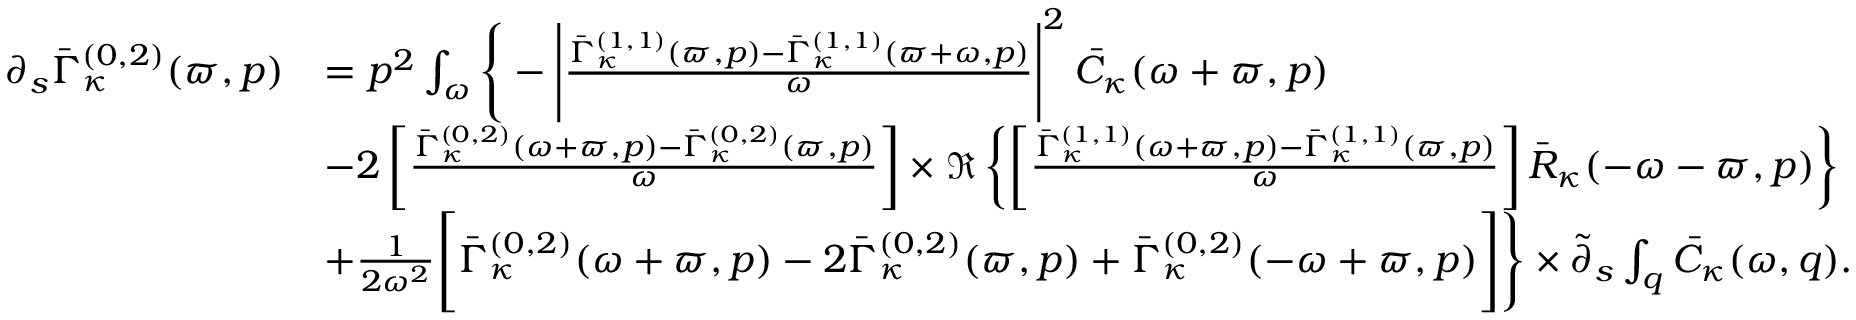
\begin{array} { r l } { \partial _ { s } \bar { \Gamma } _ { \kappa } ^ { ( 0 , 2 ) } ( \varpi , p ) } & { = p ^ { 2 } \int _ { \omega } \Bigg \{ - \Bigg | \frac { \bar { \Gamma } _ { \kappa } ^ { ( 1 , 1 ) } ( \varpi , p ) - \bar { \Gamma } _ { \kappa } ^ { ( 1 , 1 ) } ( \varpi + \omega , p ) } { \omega } \Bigg | ^ { 2 } \, \bar { C } _ { \kappa } ( \omega + \varpi , p ) } \\ & { - 2 \left[ \frac { \bar { \Gamma } _ { \kappa } ^ { ( 0 , 2 ) } ( \omega + \varpi , p ) - \bar { \Gamma } _ { \kappa } ^ { ( 0 , 2 ) } ( \varpi , p ) } { \omega } \right] \times \Re \left\{ \left[ \frac { \bar { \Gamma } _ { \kappa } ^ { ( 1 , 1 ) } ( \omega + \varpi , p ) - \bar { \Gamma } _ { \kappa } ^ { ( 1 , 1 ) } ( \varpi , p ) } { \omega } \right] \bar { R } _ { \kappa } ( - \omega - \varpi , p ) \right\} } \\ & { + \frac 1 { 2 \omega ^ { 2 } } \Bigg [ \bar { \Gamma } _ { \kappa } ^ { ( 0 , 2 ) } ( \omega + \varpi , p ) - 2 \bar { \Gamma } _ { \kappa } ^ { ( 0 , 2 ) } ( \varpi , p ) + \bar { \Gamma } _ { \kappa } ^ { ( 0 , 2 ) } ( - \omega + \varpi , p ) \Bigg ] \Bigg \} \times \tilde { \partial } _ { s } \int _ { q } \bar { C } _ { \kappa } ( \omega , q ) . } \end{array}